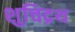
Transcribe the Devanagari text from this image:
शुचिद्रथ